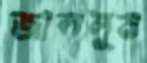
জাললুম